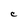
Character: C